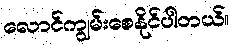
လောင်ကျွမ်းစေနိုင်ပါတယ်။